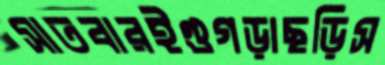
সাতবারইগুগড়াছড়িস